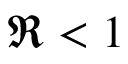
\Re < 1